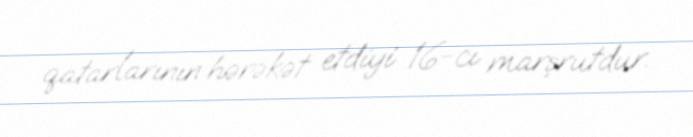
qatarlarının hərəkət etdiyi 16-cı marşrutdur.